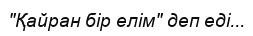
"Қайран бір елім" деп еді...